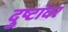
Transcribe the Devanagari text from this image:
दुष्टांवर